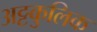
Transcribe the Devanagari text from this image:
अट्टकुलिक